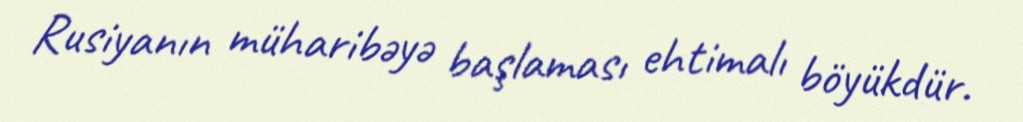
Rusiyanın müharibəyə başlaması ehtimalı böyükdür.